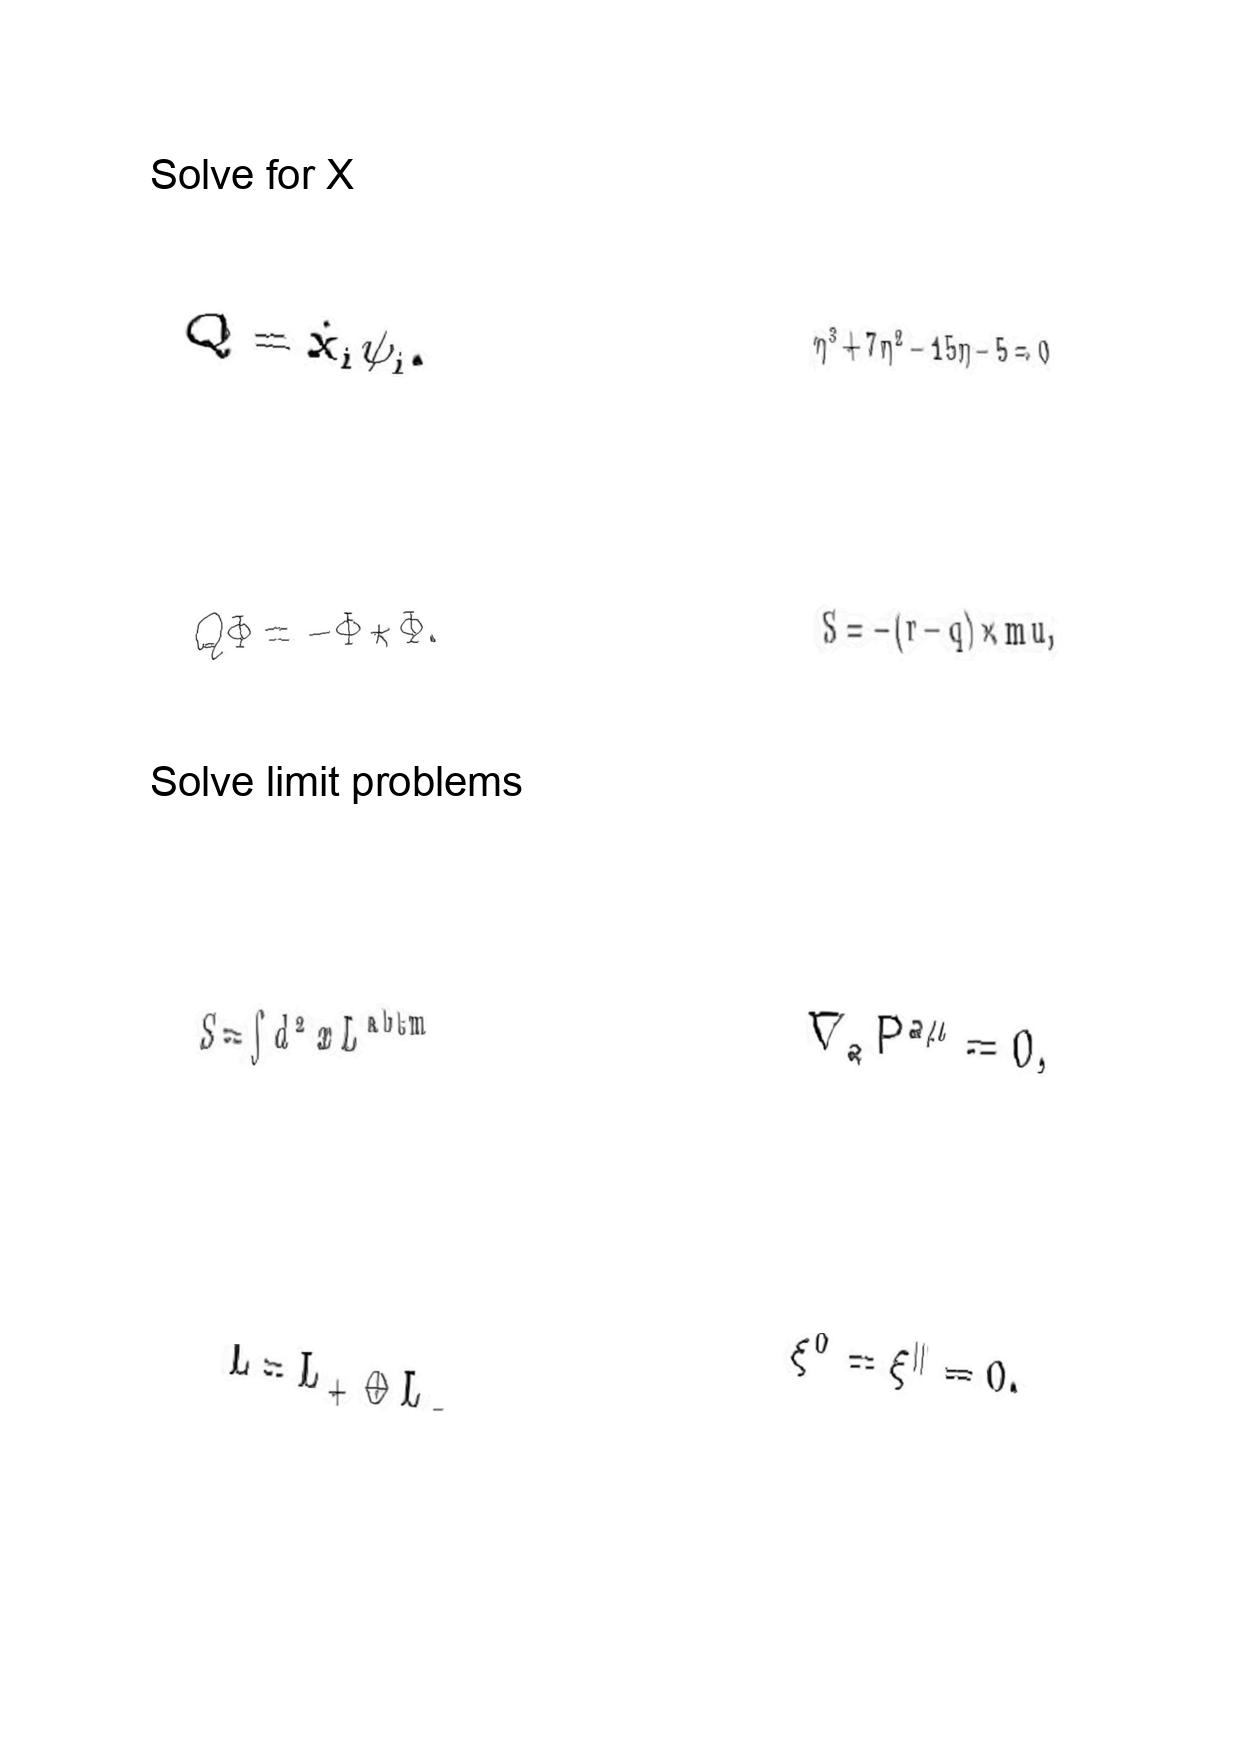
LaTeX transcription:
Q = \dot { x } _ { i } \psi _ { i } .
Q \Phi = - \Phi \star \Phi .
S = \int d ^ { 2 } x L ^ { \mathrm { a b t m } }
L = L _ { + } \oplus L _ { - }
\eta ^ { 3 } + 7 \eta ^ { 2 } - 1 5 \eta - 5 = 0
S = - \lparen r - q \rparen \times m u ,
\nabla _ { a } P ^ { a \mu } = 0 ,
\xi ^ { 0 } = \xi ^ { \parallel } = 0 .